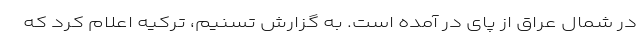
در شمال عراق از پای در آمده است. به گزارش تسنیم، ترکیه اعلام کرد که